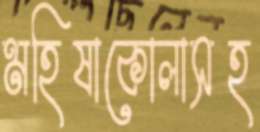
মহিষাকোলাসহ